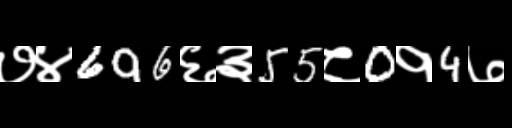
Text: ७४696६३55८0१4७